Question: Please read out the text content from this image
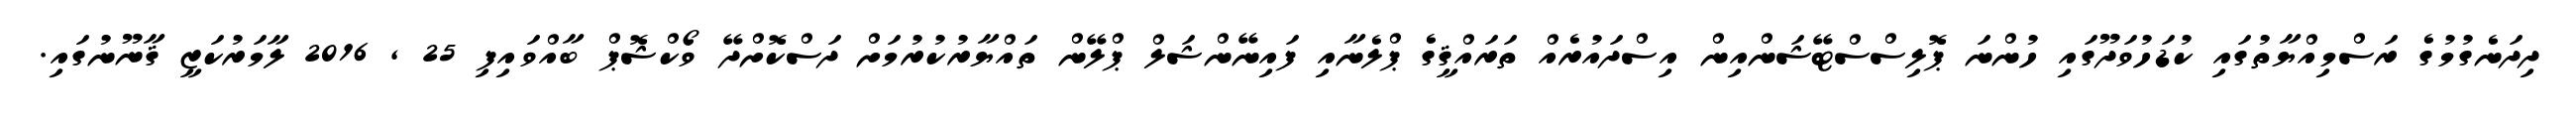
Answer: ދިދަނެގުމުގެ ރަސްމިއްޔާތުގައި ކުޑަހުވަދޫގައި ހުންނަ ޕޮލިސްސްޓޭޝަންއިން އިސްދައުރެއް ތަރައްޤީގެ ޕްލެނާއި ފައިނޭންޝަލް ޕްލޭން ތައްޔާރުކުރުމަށް ދަސްކޮށްދޭ ވޯކްޝޮޕް ބާއްވައިފި 25 , 2016 ލާމަރުކަޒީ ޤާނޫނުގައި.